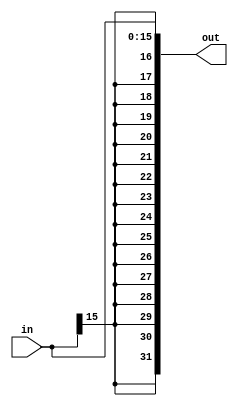
module signExtend(in,out);
input [15:0] in;
output [31:0] out;

reg [31:0] out;

always @(in) begin
 	out <= {{16{in[15]}},in};
 end 
endmodule